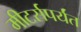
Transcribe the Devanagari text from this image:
मीटर्सपर्यंत